Report of the Indian Hemp Drugs Commission, 1894-1895 - Volume V
Year: 1894
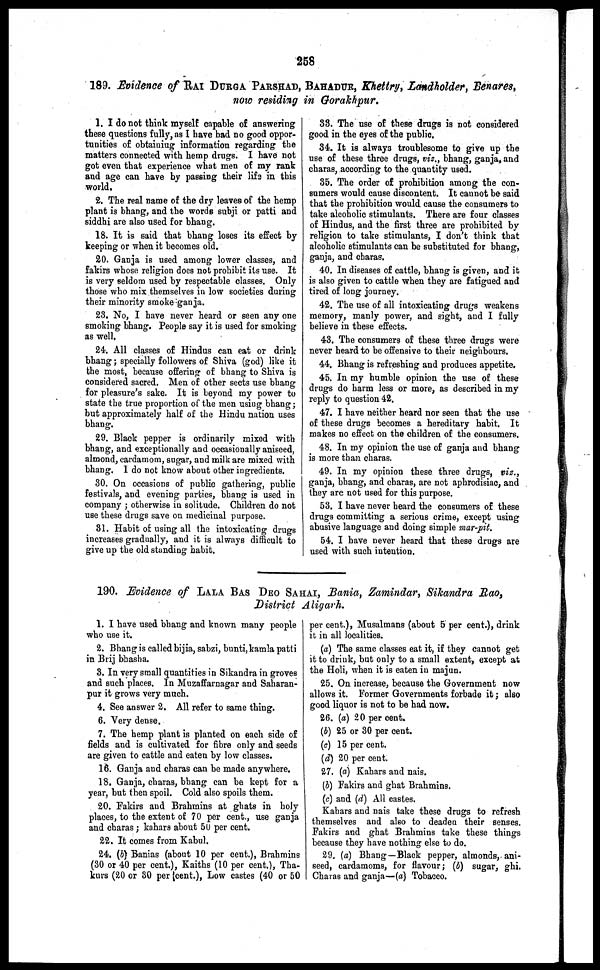
258
189. Evidence of RAI DURGA PARSHAD, BAHADUR, Khettry, Landholder, Benares,
now residing in Gorakhpur.
1. I do not think myself capable of answering
these questions fully, as I have had no good oppor-
tunities of obtaining information regarding the
matters connected with hemp drugs. I have not
got even that experience what men of my rank
and age can have by passing their lifs in this
world.
2. The real name of the dry leaves of the hemp
plant is bhang, and the words subji or patti and
siddhi are also used for bhang.
18. It is said that bhang loses its effect by
keeping or when it becomes old.
20. Ganja is used among lower classes, and
fakirs whose religion does not prohibit its use. It
is very seldom used by respectable classes. Only
those who mix themselves in low societies during
their minority smoke ganja.
23. No, I have never heard or seen any one
smoking bhang. People say it is used for smoking
as well,
24. All classes of Hindus can eat or drink
bhang ; specially followers of Shiva (god) like it
the most, because offering of bhang to Shiva is
considered sacred. Men of other sects use bhang
for pleasure's sake. It is beyond my power to
state the true proportion of the men using bhang ;
but approximately half of the Hindu nation uses
bhang.
29. Black pepper is ordinarily mixed with
bhang, and exceptionally and occasionally aniseed,
almond, cardamom, sugar, and milk are mixed with
bhang. I do not know about other ingredients.
30. On occasions of public gathering, public
festivals, and evening parties, bhang is used in
company ; otherwise in solitude. Children do not
use these drugs save on medicinal purpose.
81. Habit of using all the intoxicating drugs
increases gradually, and it is always difficult to
give up the old standing habit.
33. The use of these drags is not considered
good in the eyes of the public.
34. It is always troublesome to give up the
use of these three drugs, viz., bhang, ganja, and
charas, according to the quantity used.
35. The order of prohibition among the con-
sumers would cause discontent. It cannot be said
that the prohibition would cause the consumers to
take alcoholic stimulants. There are four classes
of Hindus, and the first three are prohibited by
religion to take stimulants, I don't think that
alcoholic stimulants can be substituted for bhang,
ganja, and charas.
40. In diseases of cattle, bhang is given, and it
is also given to cattle when they are fatigued and
tired of long journey.
42. The use of all intoxicating drugs weakens
memory, manly power, and sight, and I fully
believe in these effects.
43. The consumers of these three drugs were
never heard to be offensive to their neighbours.
44. Bhang is refreshing and produces appetite.
45. In my humble opinion the use of these
drugs do harm less or more, as described in my
reply to question 42.
47. I have neither heard nor seen that the use
of these drugs becomes a hereditary habit. It
makes no effect on the children of the consumers.
48. In my opinion the use of ganja and bhang
is more than charas.
49. In my opinion these three drugs, viz.,
ganja, bhang, and charas, are not aphrodisiac, and
they are not used for this purpose.
53. I have never heard the consumers of these
drugs committing a serious crime, except using
abusive language and doing simple mar-pit.
54. I have never heard that these drugs are
used with such intention.
190. Evidence of LALA BAS DEO SAHAI, Bania, Zamindar, Sikandra Rao,
District Aligarh.
1. I have used bhang and known many people
who use it.
2. Bhang is called bijia, sabzi, bunti, kamla patti
in Brij bhasha.
3. In very small quantities in Sikandra in groves
and such places. In Muzaffarnagar and Saharan-
pur it grows very much.
4. See answer 2. All refer to same thing.
6. Very dense.
7. The hemp plant is planted on each side of
fields and is cultivated for fibre only and seeds
are given to cattle and eaten by low classes.
16. Ganja and charas can be made anywhere.
18. Ganja, charas, bhang can be kept for a
year, but then spoil. Cold also spoils them.
20. Fakirs and Brahmins at ghats in holy
places, to the extent of 70 per cent., use ganja
and charas ; kahars about 50 per cent.
22. It comes from Kabul.
24. (b) Banias (about 10 per cent.), Brahmins
(30 or 40 per cent.), Kaiths (10 per cent.), Tha-
kurs (20 or 30 per cent.), Low castes (40 or 50
per cent.), Musalmans (about 5 per cent.), drink
it in all localities.
(a) The same classes eat it, if they cannot get
it to drink, but only to a small extent, except at
the Holi, when it is eaten in majun.
25. On increase, because the Government now
allows it. Former Governments forbade it ; also
good liquor is not to be had now.
26. (a) 20 per cent.
(b) 25 or 30 per cent.
(c) 15 per cent.
(d) 20 per cent.
27. (a) Kahars and nais.
(b) Fakirs and ghat Brahmins.
(c) and (d) All castes.
Kahars and nais take these drugs to refresh
themselves and also to deaden their senses.
Fakirs and ghat Brahmins take these things
because they have nothing else to do.
29. (a) Bhang—Black pepper, almonds, ani-
seed, cardamoms, for flavour; (b) sugar, ghi.
Charas and ganja—(a) Tobacco.